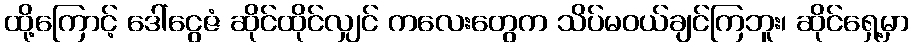
ထို့ကြောင့် ဒေါ်ငွေဇံ ဆိုင်ထိုင်လျှင် ကလေးတွေက သိပ်မဝယ်ချင်ကြဘူး၊ ဆိုင်ရှေ့မှာ